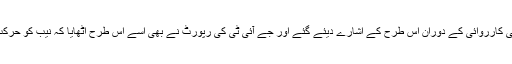
پاناما کیس کی کارروائی کے دوران اس طرح کے اشارے دیئے گئے اور جے آئی ٹی کی رپورٹ نے بھی اسے اس طرح اٹھایا کہ نیب کو حرکت میں آنا پڑا۔